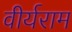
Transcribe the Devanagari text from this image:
वीर्यराम